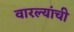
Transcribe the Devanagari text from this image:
वारल्यांची